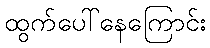
ထွက်ပေါ်နေကြောင်း